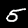
Digit: 5